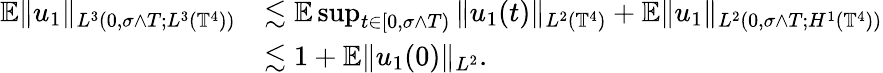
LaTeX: \begin{array}{rl}{{\mathbb E}\| u_{1}\| _{L^{3}(0,\sigma\wedge T;L^{3}(\mathbb{T}^{4}))}}&{\lesssim{\mathbb E}\operatorname*{sup}_{t\in[0,\sigma\wedge T)}\| u_{1}(t)\| _{L^{2}(\mathbb{T}^{4})}+{\mathbb E}\| u_{1}\| _{L^{2}(0,\sigma\wedge T;H^{1}(\mathbb{T}^{4}))}}\\ &{\lesssim 1+{\mathbb E}\| u_{1}(0)\| _{L^{2}}.}\end{array}